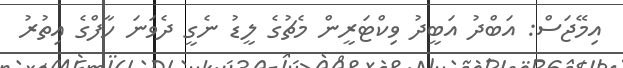
އިމޭޖަސް: އަބްދު އަބީދު ވިކްޓަރީން މެޗުގެ ލީޑު ނެގީ ދެވަނަ ހާފްގެ އިތުރު